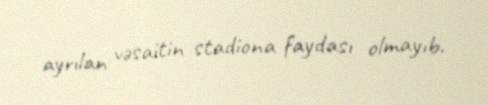
ayrılan vəsaitin stadiona faydası olmayıb.